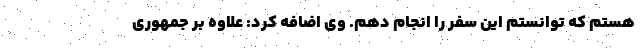
هستم که توانستم این سفر را انجام دهم. وی اضافه کرد: علاوه بر جمهوری